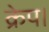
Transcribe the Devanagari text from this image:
क्रेप।